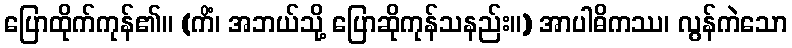
ပြောထိုက်ကုန်၏။ (ကိံ၊ အဘယ်သို့ ပြောဆိုကုန်သနည်း။) အာပါဓိကဿ၊ လွန်ကဲသော